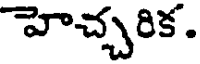
హెచ్చరిక.